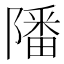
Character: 𨼠